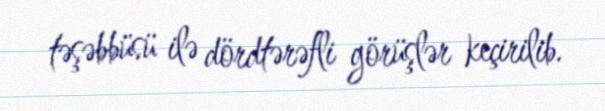
təşəbbüsü ilə dördtərəfli görüşlər keçirilib.